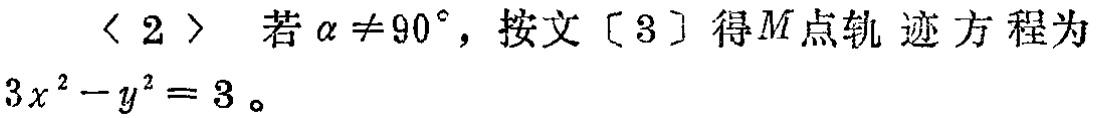
$< 2 >$ 若 $\alpha \neq 90^{\circ}$，按文 $[3]$ 得 $M$ 点轨迹方程为 $3x^{2}-y^{2}=3$。